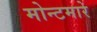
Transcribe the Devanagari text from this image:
मोन्टमारे